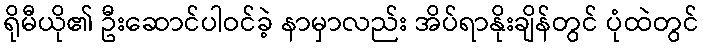
ရိုမီယို၏ ဦးဆောင်ပါဝင်ခဲ့ နာမှာလည်း အိပ်ရာနိုးချိန်တွင် ပုံထဲတွင်